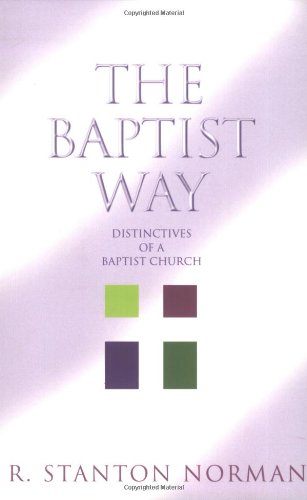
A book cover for The Baptist Way: Distinctives of a Baptist Church; R. Stanton Norman; Christian Books & Bibles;